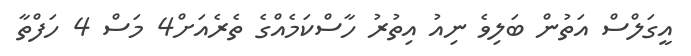
އީގަލްސް އަތުން ބަލިވެ ނިއު އިތުރު ހާސްކަމެއްގެ ތެރެއަށް4 މަސް 4 ހަފްތާ